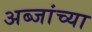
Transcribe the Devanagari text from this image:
अब्जांच्या